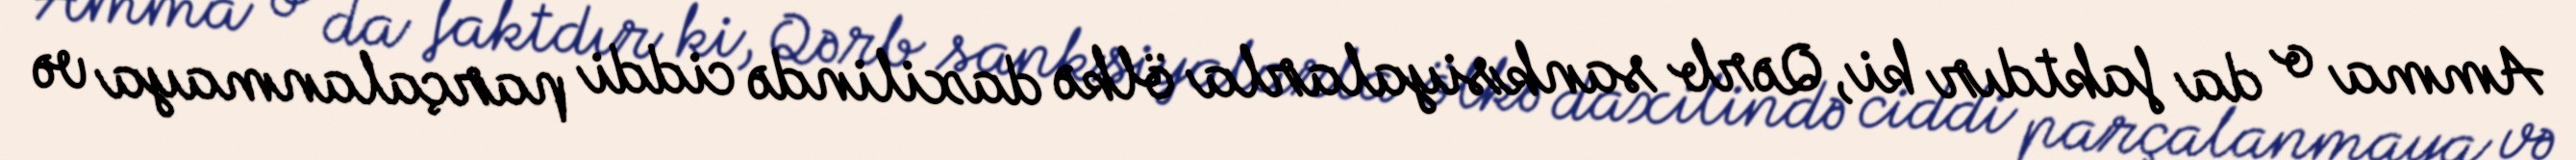
Amma o da faktdır ki, Qərb sanksiyalarla ölkə daxilində ciddi parçalanmaya və